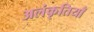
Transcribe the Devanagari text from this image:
अलंकृतियाँ